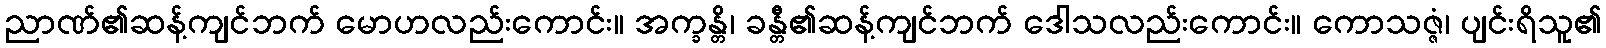
ညာဏ်၏ဆန့်ကျင်ဘက် မောဟလည်းကောင်း။ အက္ခန္တိ၊ ခန္တီ၏ဆန့်ကျင်ဘက် ဒေါသလည်းကောင်း။ ကောသဇ္ဇံ၊ ပျင်းရိသူ၏